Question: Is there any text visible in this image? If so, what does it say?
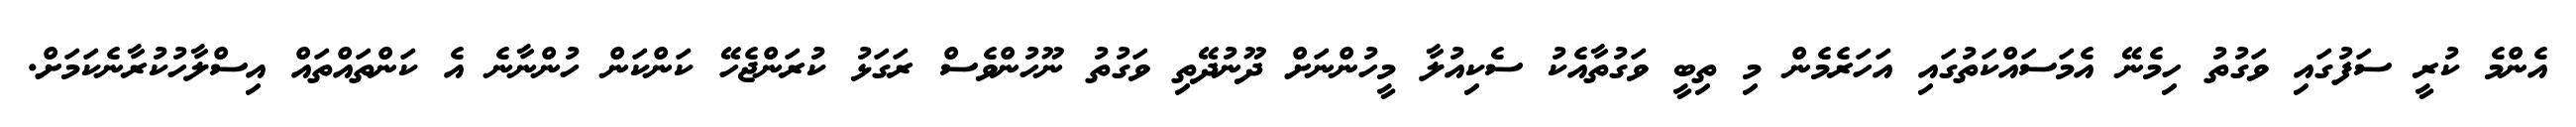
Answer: އެންމެ ކުރީ ސަފުގައި ވަގުތު ހިމެނޭ އެމަސައްކަތުގައި އަހަރެމެން މި ތިބީ ވަގުތާއެކު ސެކިއުލާ މީހުންނަށް ދޫނުދޭތި ވަގުތު ނޫހުންވެސް ރަގަޅު ކުރަންޖެހޭ ކަންކަން ހުންނާނެ އެ ކަންތައްތައް އިސްލާހުކުރާނެކަމަށް.